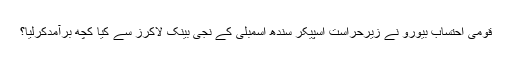
قومی احتساب بیورو نے زیرحراست اسپیکر سندھ اسمبلی کے نجی بینک لاکرز سے کیا کچھ برآمدکرلیا؟